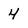
Character: 4